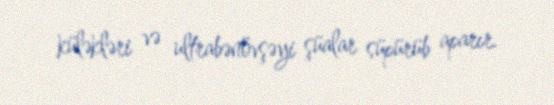
küləkləri və ultrabənövşəyi şüalar süpürüb aparır.